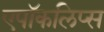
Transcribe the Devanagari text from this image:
एपॉकलिप्स